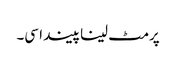
پرمٹ لینا پیندا سی۔